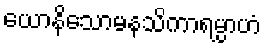
ယောနိသောမနသိကာရမ္ပာဟံ